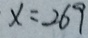
x = 2 6 9